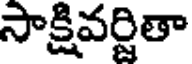
సాక్షివర్జితా